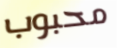
محبوب